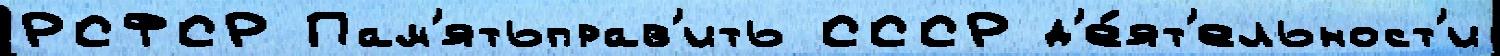
РСФСР Пам'ятьправ'ить СССР д'е́ят'ельност'и